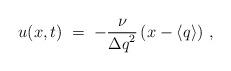
LaTeX: \begin{align*}u(x,t) \; = \; -\frac{\nu}{{\Delta q}^2}\left( x-\langle q\rangle \right) \, ,\end{align*}